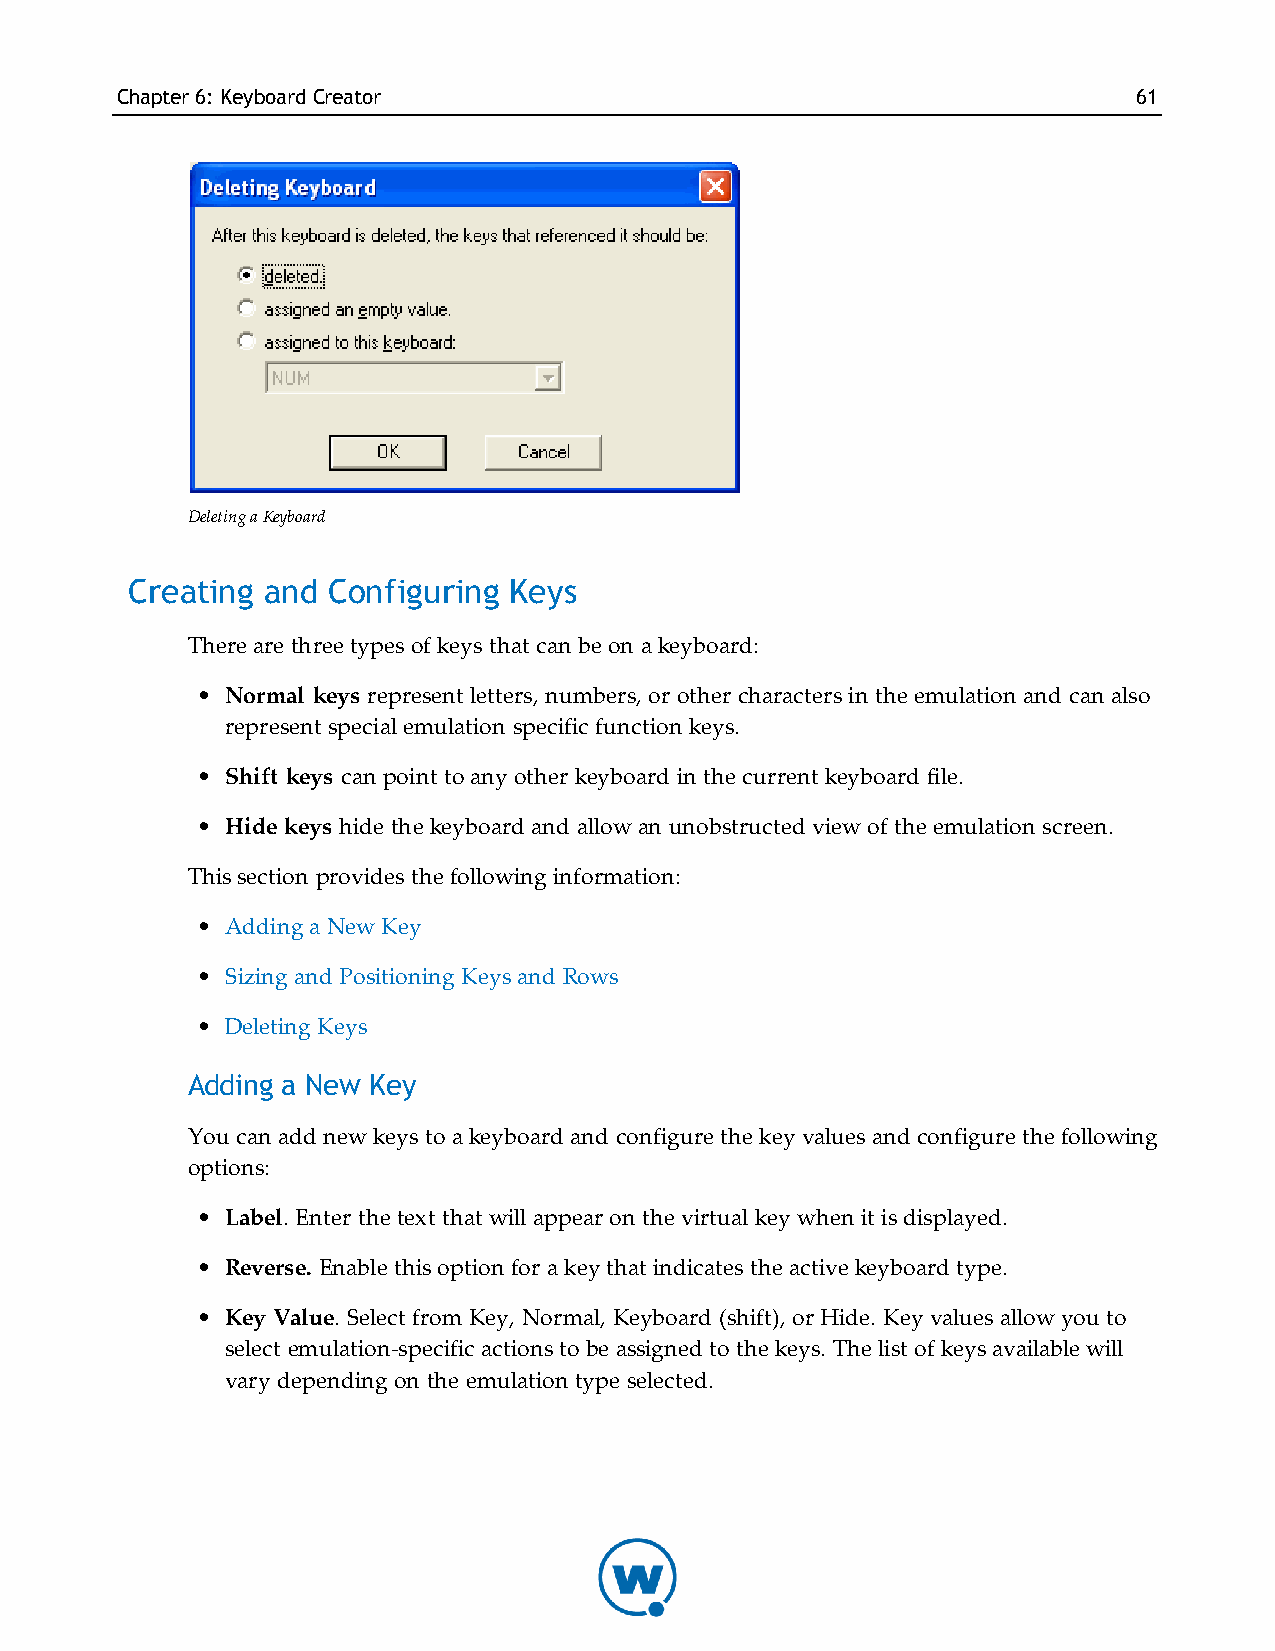
Chapter6: KeyboardCreator                                          61
 Deleting a Keyboard
 Creating and  Configuring Keys
 There are three types of keys that can be on a keyboard:
 • Normal keys represent letters, numbers, or other characters in the emulation and can also
 represent special emulation specific function keys.
 • Shift keys can point to any other keyboard in the current keyboard file.
 • Hide keys hide the keyboard and allow an unobstructed view of the emulation screen.
 This section provides the following information:
 • Adding a New Key
 • Sizing and Positioning Keys and Rows
 • Deleting Keys
 Adding a New Key
 You can add new keys to a keyboard and configure the key values and configure the following
 options:
 • Label. Enter the text that will appear on the virtual key when it is displayed.
 • Reverse. Enable this option for a key that indicates the active keyboard type.
 • Key Value. Select from Key, Normal, Keyboard (shift), or Hide. Key values allow you to
 select emulation-specific actions to be assigned to the keys. The list of keys available will
 vary depending on the emulation type selected.